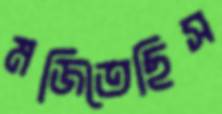
মজিতেছিস